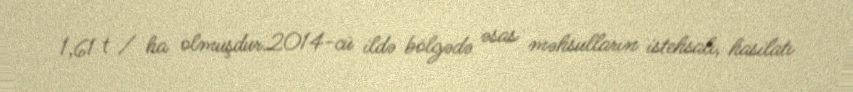
1,61 t / ha olmuşdur.2014-cü ildə bölgədə əsas məhsulların istehsalı, hasilatı